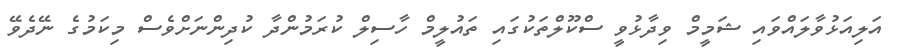
އަލިއަޅުވާލައްވައި ޝަމީމް ވިދާޅުވީ ސްކޫލްތަކުގައި ތައުލީމް ހާސިލް ކުރަމުންދާ ކުދިންނަށްވެސް މިކަމުގެ ނޭދެވޭ